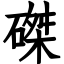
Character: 磔